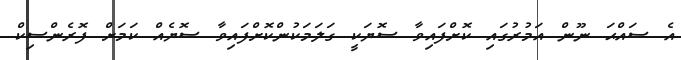
އެ ސައްޙަ ނޫން އަމުރުގައި ކޮށްފައިވާ ސޮޔަކީ ގަލަމަކުންކޮށްފައިވާ ސޮޔެއް ކަމަށް ފޮރެންސިކް